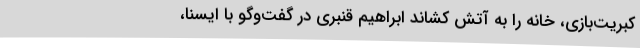
کبریت‌بازی، خانه را به آتش کشاند ابراهیم قنبری در گفت‌وگو با ایسنا،